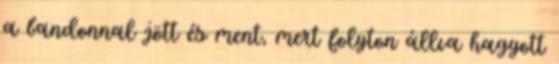
a bandonnal jött és ment, mert folyton állva hagyott